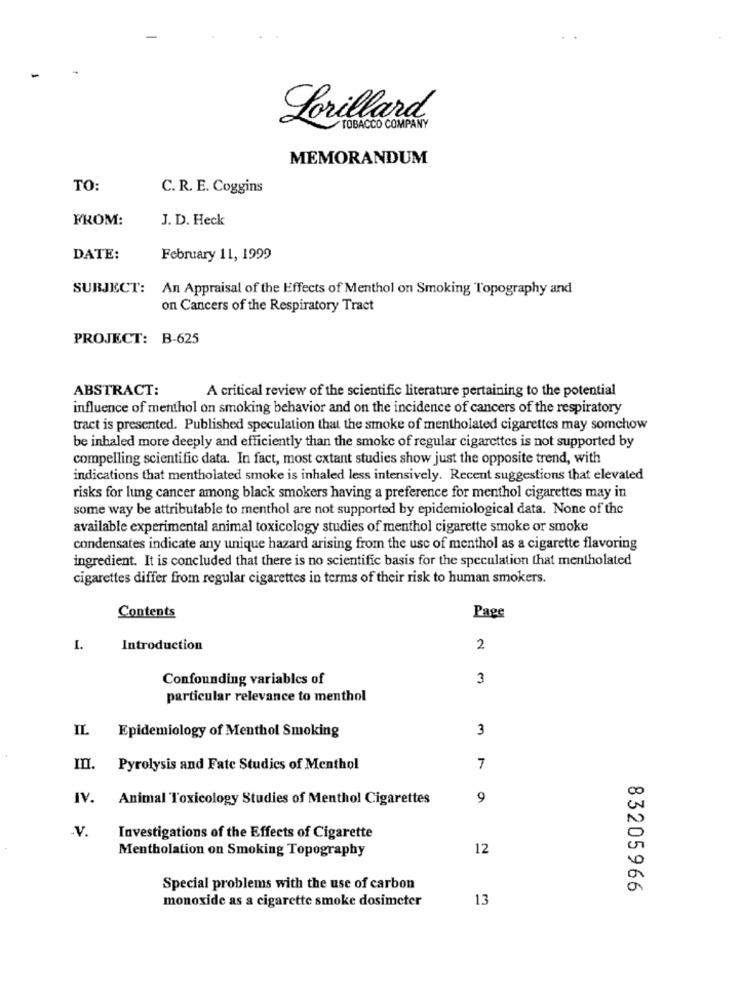
Lorillard
TOBACCO COMPANY
MEMORANDUM
TO
C. R. E. Coggins
FROM:
J. D. Heck
DATE:
February 11, 1999
SUBJECT: An Appraisal of the Effects of Menthol on Smoking Topography and
on Cancers of the Respiratory Tract
PROJECT: B-625
ABSTRACT:
A critical review of the scientific literature pertaining to the potential
influence of menthol on smoking behavior and on the incidence of cancers of the respiratory
tract is presented. Published speculation that the smoke of mentholated cigarettes may somchow
be inhaled more deeply and efficiently than the smoke of regular cigarettes is not supported by
compelling scientific data. In fact, most extant studies show just the opposite trend, with
indications that mentholated smoke is inhaled less intensively. Recent suggestions that elevated
risks for lung cancer among black smokers having a preference for menthol cigarettes may in
some way be attributable to menthol are not supported by epidemiological data. None of the
available experimental animal toxicology studies of menthol cigarette smoke or smoke
condensates indicate any unique hazard arising from the use of menthol as a cigarette flavoring
ingredient. It is concluded that there is no scientific basis for the speculation that mentholated
cigarettes differ from regular cigarettes in terms of their risk to human smokers.
Page
Contents
I.
Introduction
2
Confounding variables of
3
particular relevance to menthol
IL
Epidemiology of Menthol Smoking
3
Pyrolysis and Fate Studies of Menthol
7
IV.
Animal Toxicology Studies of Menthol Cigarettes
9
.V.
Investigations of the Effects of Cigarette
12
Mentholation on Smoking Topography
Special problems with the use of carbon
83205966
monoxide as a cigarette smoke dosimeter
13